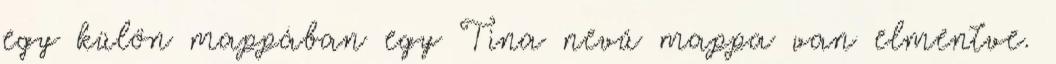
egy külön mappában egy Tina nevű mappa van elmentve.